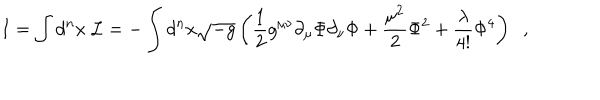
I = \int d ^ { n } x ~ { \cal L } = - \int d ^ { n } x \sqrt { - g } \left( \frac { 1 } { 2 } g ^ { \mu \nu } \partial _ { \mu } \Phi \partial _ { \nu } \Phi + \frac { \mu ^ { 2 } } { 2 } \Phi ^ { 2 } + \frac { \lambda } { 4 ! } \Phi ^ { 4 } \right) \; \; ,